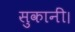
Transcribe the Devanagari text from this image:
सुकानीं।